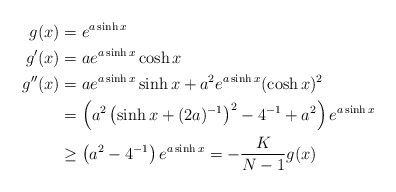
\begin{align*}g(x)&=e^{a\sinh x}\\g'(x)&=ae^{a\sinh x}\cosh x\\g''(x)&=ae^{a\sinh x}\sinh x+a^2e^{a\sinh x}(\cosh x)^2\\&=\left(a^2\left(\sinh x+(2a)^{-1}\right)^2-4^{-1}+a^2\right)e^{a\sinh x}\\&\ge \left(a^2-4^{-1}\right)e^{a\sinh x}=-\frac{K}{N-1}g(x)\end{align*}